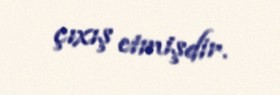
çıxış etmişdir.